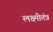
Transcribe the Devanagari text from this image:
लक्ष्मीतंत्र